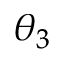
\theta _ { 3 }